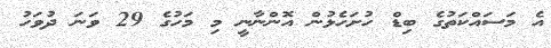
އެ މަސައްކަތުގެ ބިޑް ހުށަހެޅުން އޮންނާނީ މި މަހުގެ 29 ވަނަ ދުވަހު